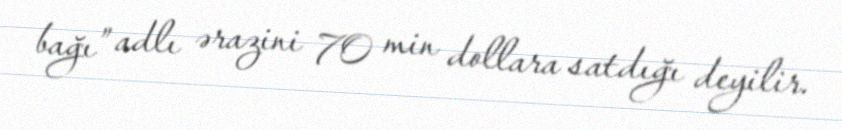
bağı” adlı ərazini 70 min dollara satdığı deyilir.